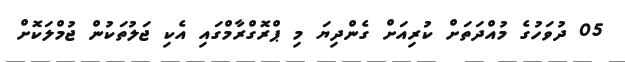
05 ދުވަހުގެ މުއްދަތަށް ކުރިއަށް ގެންދިޔަ މި ޕްރޮގްރާމްގައި އެކި ޖަލުތަކުން ޖުމްލަކޮށް